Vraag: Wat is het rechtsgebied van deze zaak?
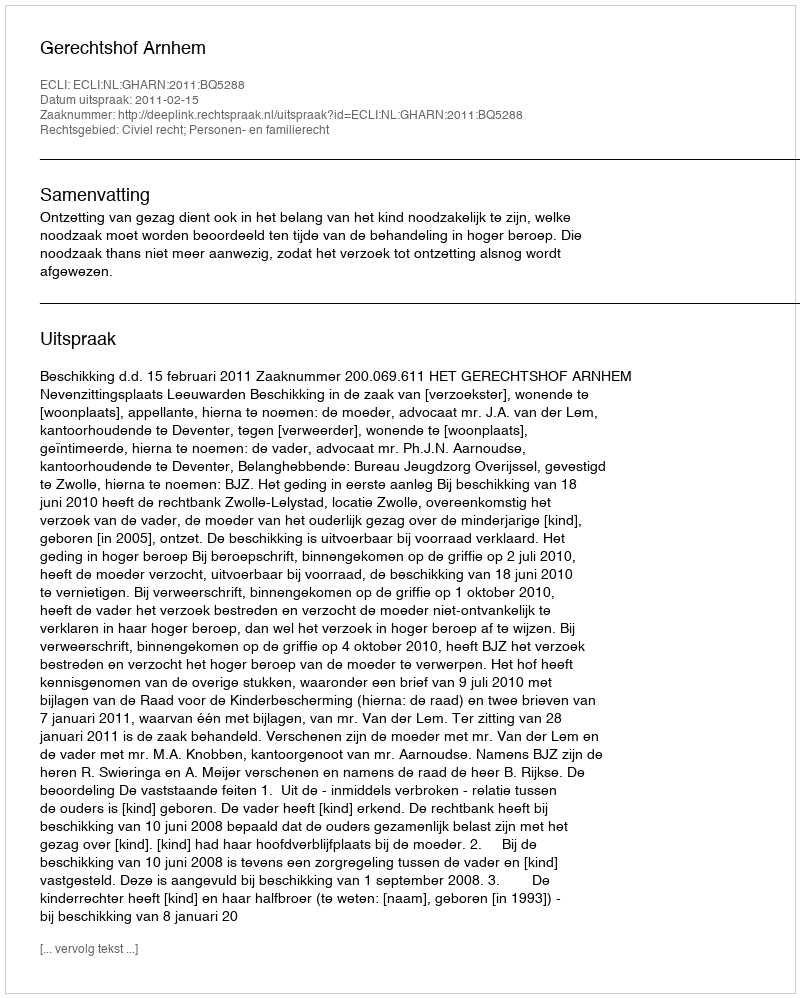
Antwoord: Civiel recht; Personen- en familierecht